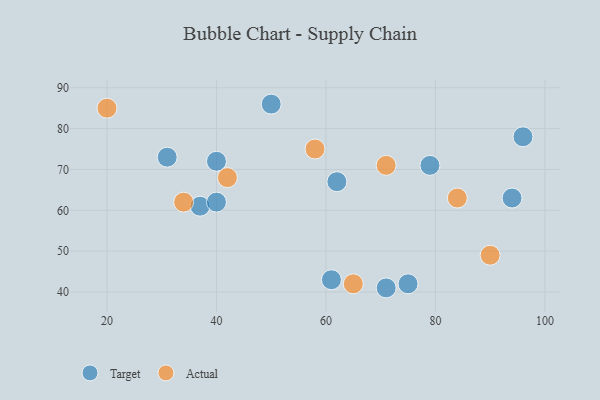
{"axis": {"x": "GDP", "y": "Life Expectancy"}, "legend": ["Actual", "Target"], "data": [{"x": "37", "y": 61, "type": "Target"}, {"x": "94", "y": 63, "type": "Target"}, {"x": "96", "y": 78, "type": "Target"}, {"x": "31", "y": 73, "type": "Target"}, {"x": "40", "y": 62, "type": "Target"}, {"x": "40", "y": 72, "type": "Target"}, {"x": "50", "y": 86, "type": "Target"}, {"x": "61", "y": 43, "type": "Target"}, {"x": "75", "y": 42, "type": "Target"}, {"x": "71", "y": 41, "type": "Target"}, {"x": "79", "y": 71, "type": "Target"}, {"x": "62", "y": 67, "type": "Target"}, {"x": "65", "y": 42, "type": "Actual"}, {"x": "42", "y": 68, "type": "Actual"}, {"x": "34", "y": 62, "type": "Actual"}, {"x": "90", "y": 49, "type": "Actual"}, {"x": "20", "y": 85, "type": "Actual"}, {"x": "84", "y": 63, "type": "Actual"}, {"x": "71", "y": 71, "type": "Actual"}, {"x": "58", "y": 75, "type": "Actual"}]}